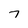
Character: 7